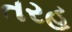
તરહ